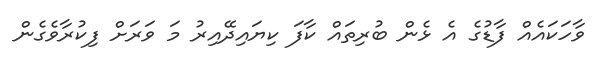
ވާހަކައެއް ފާޑުގެ އެ ޅެން ބުރިތައް ކާފަ ކިޔައިދޭއިރު މަ ވަރަށް ފިކުރާވެގެން